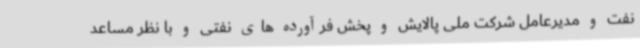
نفت و مدیرعامل شرکت ملی پالایش و پخش فرآورده های نفتی و با نظر مساعد